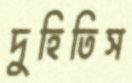
দুহিতিস